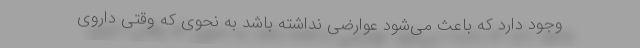
وجود دارد که باعث می‌شود عوارضی نداشته باشد به نحوی که وقتی داروی